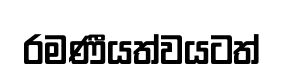
රමණීයත්වයටත්